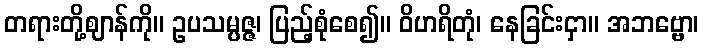
တရားတို့ဈာန်ကို။ ဥပသမ္ပဇ္ဇ၊ ပြည့်စုံစေ၍။ ဝိဟရိတုံ၊ နေခြင်းငှာ။ အဘဗ္ဗော၊